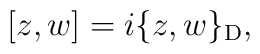
[ z, w ] = i \{ z, w \}_{\rm D},